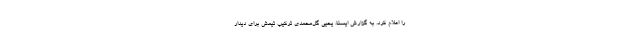
را اعلام کرد. به گزارش ایسنا، یحیی گل‌محمدی ترکیب تیمش برای دیدار